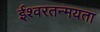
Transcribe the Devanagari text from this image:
ईश्वरतन्मयता